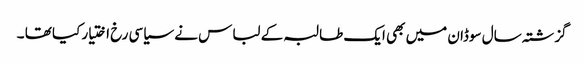
گزشتہ سال سوڈان میں بھی ایک طالبہ کے لباس نے سیاسی رخ اختیار کیا تھا ۔